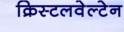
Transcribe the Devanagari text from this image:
क्रिस्टलवेल्टेन